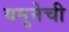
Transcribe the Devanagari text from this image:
यमुनेची